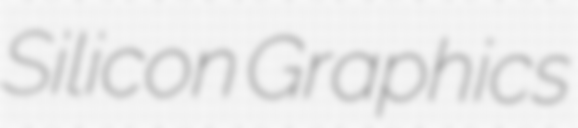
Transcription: Silicon Graphics